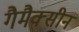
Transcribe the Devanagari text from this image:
गैमैक्सीन